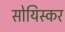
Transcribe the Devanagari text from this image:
सोयिस्कर